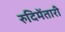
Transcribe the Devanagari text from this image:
रुदिमेंतारी